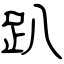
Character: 趴